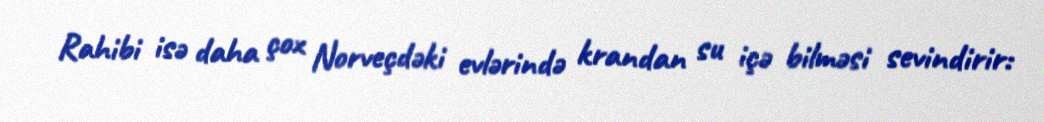
Rahibi isə daha çox Norveçdəki evlərində krandan su içə bilməsi sevindirir: